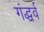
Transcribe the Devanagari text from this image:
गंद्धर्व